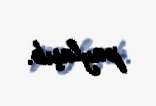
paylaşıb.